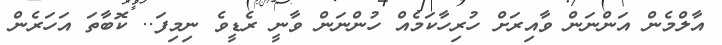
އާލްމެން އަންނަން ވާއިރަށް ހުރިހާކަމެއް ހުންނަން ވާނީ ރެޑީވެ ނިމިފަ.. ކޮބާތަ އަހަރެން